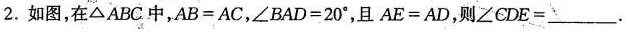
2如图，在∠ABC中$$A B = A C$$c ，$$∠ B A D = 20 ^ { \circ }$$，且$$A E = A D$$,则$$∠ C D E = ___$$.